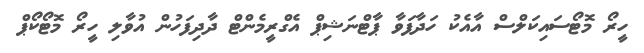
ހީރޯ މޮޓޯސައިކަލްސް އާއެކު ހަދާފަވާ ޕާޓްނަޝިޕް އެގްރީމެންޓް ދާދިފަހުން އުވާލި ހީރޯ މޮޓޯކޯޕް